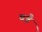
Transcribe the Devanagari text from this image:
चन्नै